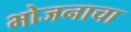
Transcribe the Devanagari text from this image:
भोजनाचा